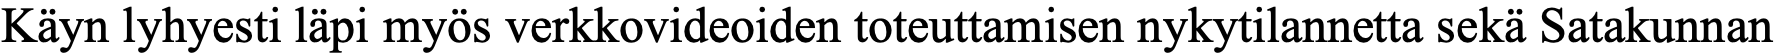
Käyn lyhyesti läpi myös verkkovideoiden toteuttamisen nykytilannetta sekä Satakunnan